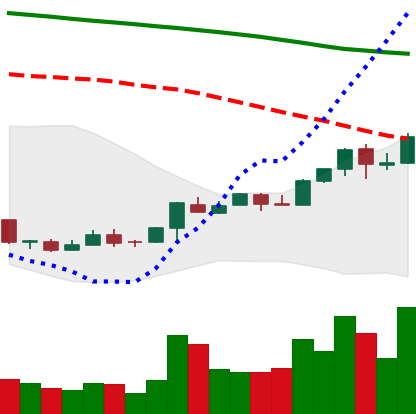
Ticker: ETC-USD
Chart end date: 2018-04-23
Forward return: 6.092%
Label: up_5_7